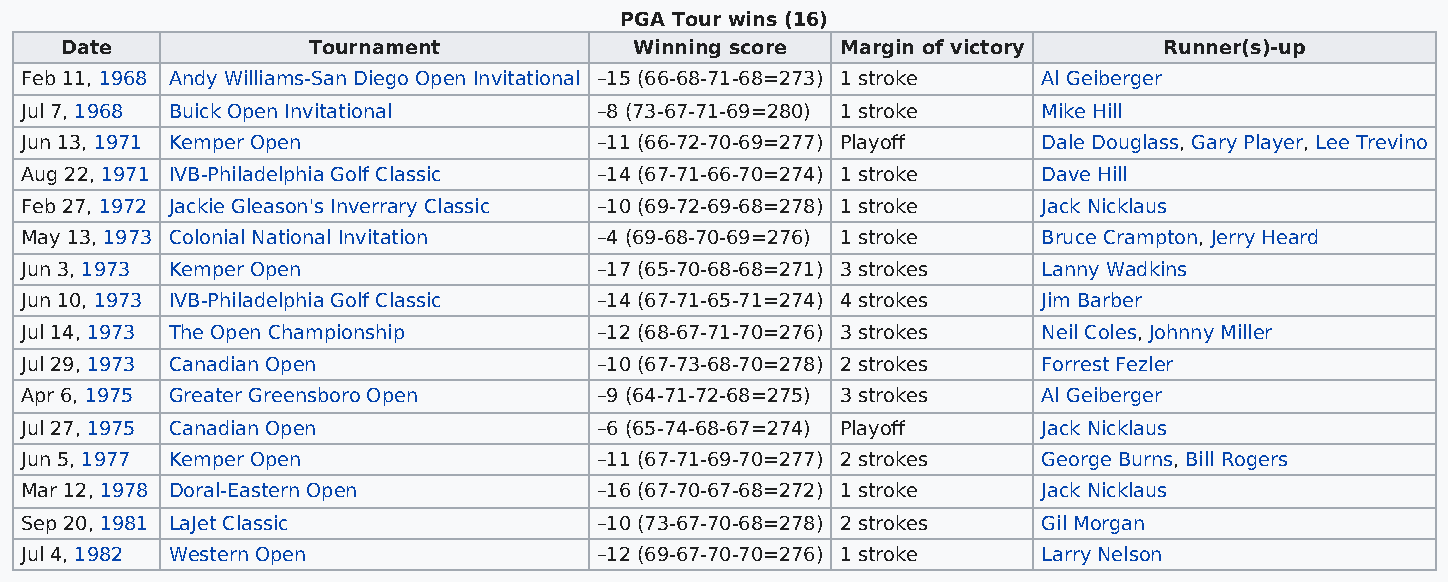
PGA Tour wins (16)
 Date            Tournament            Winning score Margin of victory    Runner(s)-up
 Feb 11, 1968 Andy Williams-San Diego Open Invitational –15 (66-68-71-68=273) 1 stroke Al Geiberger
 Jul 7, 1968 Buick Open Invitational    –8 (73-67-71-69=280) 1 stroke Mike Hill
 Jun 13, 1971 Kemper Open               –11 (66-72-70-69=277) Playoff Dale Douglass, Gary Player, Lee Trevino
 Aug 22, 1971 IVB-Philadelphia Golf Classic –14 (67-71-66-70=274) 1 stroke Dave Hill
 Feb 27, 1972 Jackie Gleason's Inverrary Classic –10 (69-72-69-68=278) 1 stroke Jack Nicklaus
 May 13, 1973 Colonial National Invitation –4 (69-68-70-69=276) 1 stroke Bruce Crampton, Jerry Heard
 Jun 3, 1973 Kemper Open                –17 (65-70-68-68=271) 3 strokes Lanny Wadkins
 Jun 10, 1973 IVB-Philadelphia Golf Classic –14 (67-71-65-71=274) 4 strokes Jim Barber
 Jul 14, 1973 The Open Championship     –12 (68-67-71-70=276) 3 strokes Neil Coles, Johnny Miller
 Jul 29, 1973 Canadian Open             –10 (67-73-68-70=278) 2 strokes Forrest Fezler
 Apr 6, 1975 Greater Greensboro Open    –9 (64-71-72-68=275) 3 strokes Al Geiberger
 Jul 27, 1975 Canadian Open             –6 (65-74-68-67=274) Playoff Jack Nicklaus
 Jun 5, 1977 Kemper Open                –11 (67-71-69-70=277) 2 strokes George Burns, Bill Rogers
 Mar 12, 1978 Doral-Eastern Open        –16 (67-70-67-68=272) 1 stroke Jack Nicklaus
 Sep 20, 1981 LaJet Classic             –10 (73-67-70-68=278) 2 strokes Gil Morgan
 Jul 4, 1982 Western Open               –12 (69-67-70-70=276) 1 stroke Larry Nelson